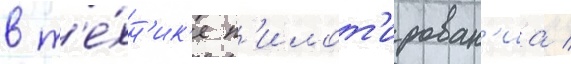
в т'е́хн'ик'е п'илот'ирован'иа /